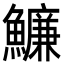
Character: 𩼔